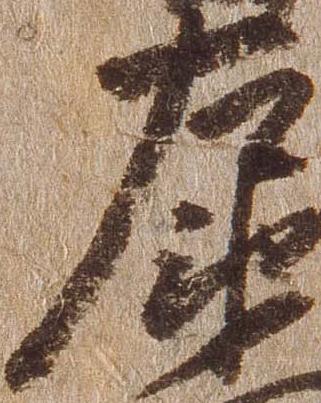
左